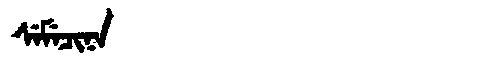
Manchu: ᠰᡝᠮᡝᠴᡳᠨᠠ
Romanization: SEMECINA